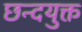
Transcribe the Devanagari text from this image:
छन्दयुक्त